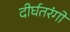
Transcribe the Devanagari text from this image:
दीर्घतरंगों